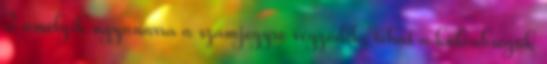
2 amelyik ugyanarra a számjegyre végződik, tehát a különbségük